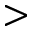
>